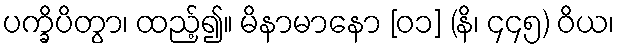
ပက္ခိပိတွာ၊ ထည့်၍။ မိနာမာနော [၀၁] (နိ၊ ၄၄၅) ဝိယ၊